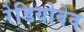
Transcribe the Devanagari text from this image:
रेडियोवेव